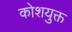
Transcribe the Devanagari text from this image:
कोशयुक्त